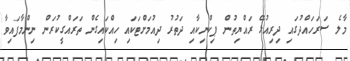
މާލެ ސަރަހައްދުގައި ދިރިއުޅޭ ރައްޔިތުން ޕިކްނިކާއި ދަތުރު ދިއުމަށްޓަކައި ހިއްކައިގެން ތަރައްގީކުރަން ނިންމާފައިވާ